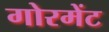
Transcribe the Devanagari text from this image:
गोरमेंट